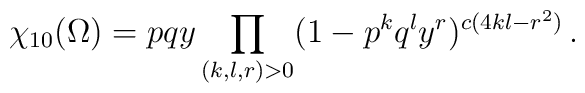
\chi_{10}(\Omega)=pqy\prod\limits_{(k,l,r)>0} (1- p^kq^ly^r)^{c(4kl-r^2)}\,.